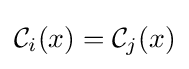
{\mathcal {C}}_{i}(x)={\mathcal {C}}_{j}(x)